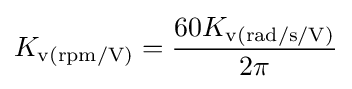
K_{\text{v(rpm/V)}}={\frac {60K_{\text{v(rad/s/V)}}}{2\pi }}